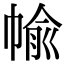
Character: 㡏